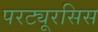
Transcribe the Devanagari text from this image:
परट्यूरसिस